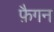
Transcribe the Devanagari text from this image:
फ़ैगन